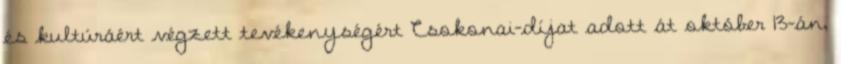
és kultúráért végzett tevékenységért Csokonai-díjat adott át október 13-án,